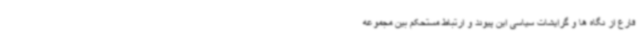
فارغ از نگاه ها و گرایشات سیاسی این پیوند و ارتباط مستحکم بین مجموعه